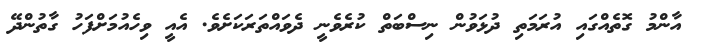
އާންމު ގޮތެއްގައި އުރަމަތި ދުޅަވުން ނިސްބަތް ކުރެވެނީ ދެވައްތަރަކަށެވެ. އެއީ ވިހެއުމަށްފަހު ގާތުންދޭ